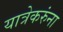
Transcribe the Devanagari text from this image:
यात्रेकरुंना